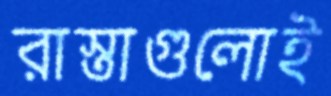
রাস্তাগুলোই